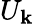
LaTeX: U_{\mathbf{k}}